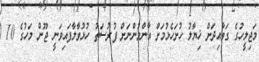
މަޖިލީހުގެ ގަވާއިދަށް ޚިޔާލު ހުށަހެޅުމަށް އާންމުންނަށް ފުރުސަތު ހުޅުވާލާފައިވަނީ ޖޫން މަހުގެ 10